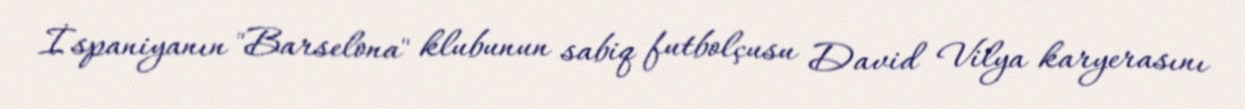
İspaniyanın "Barselona" klubunun sabiq futbolçusu David Vilya karyerasını